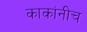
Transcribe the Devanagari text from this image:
काकांनीच